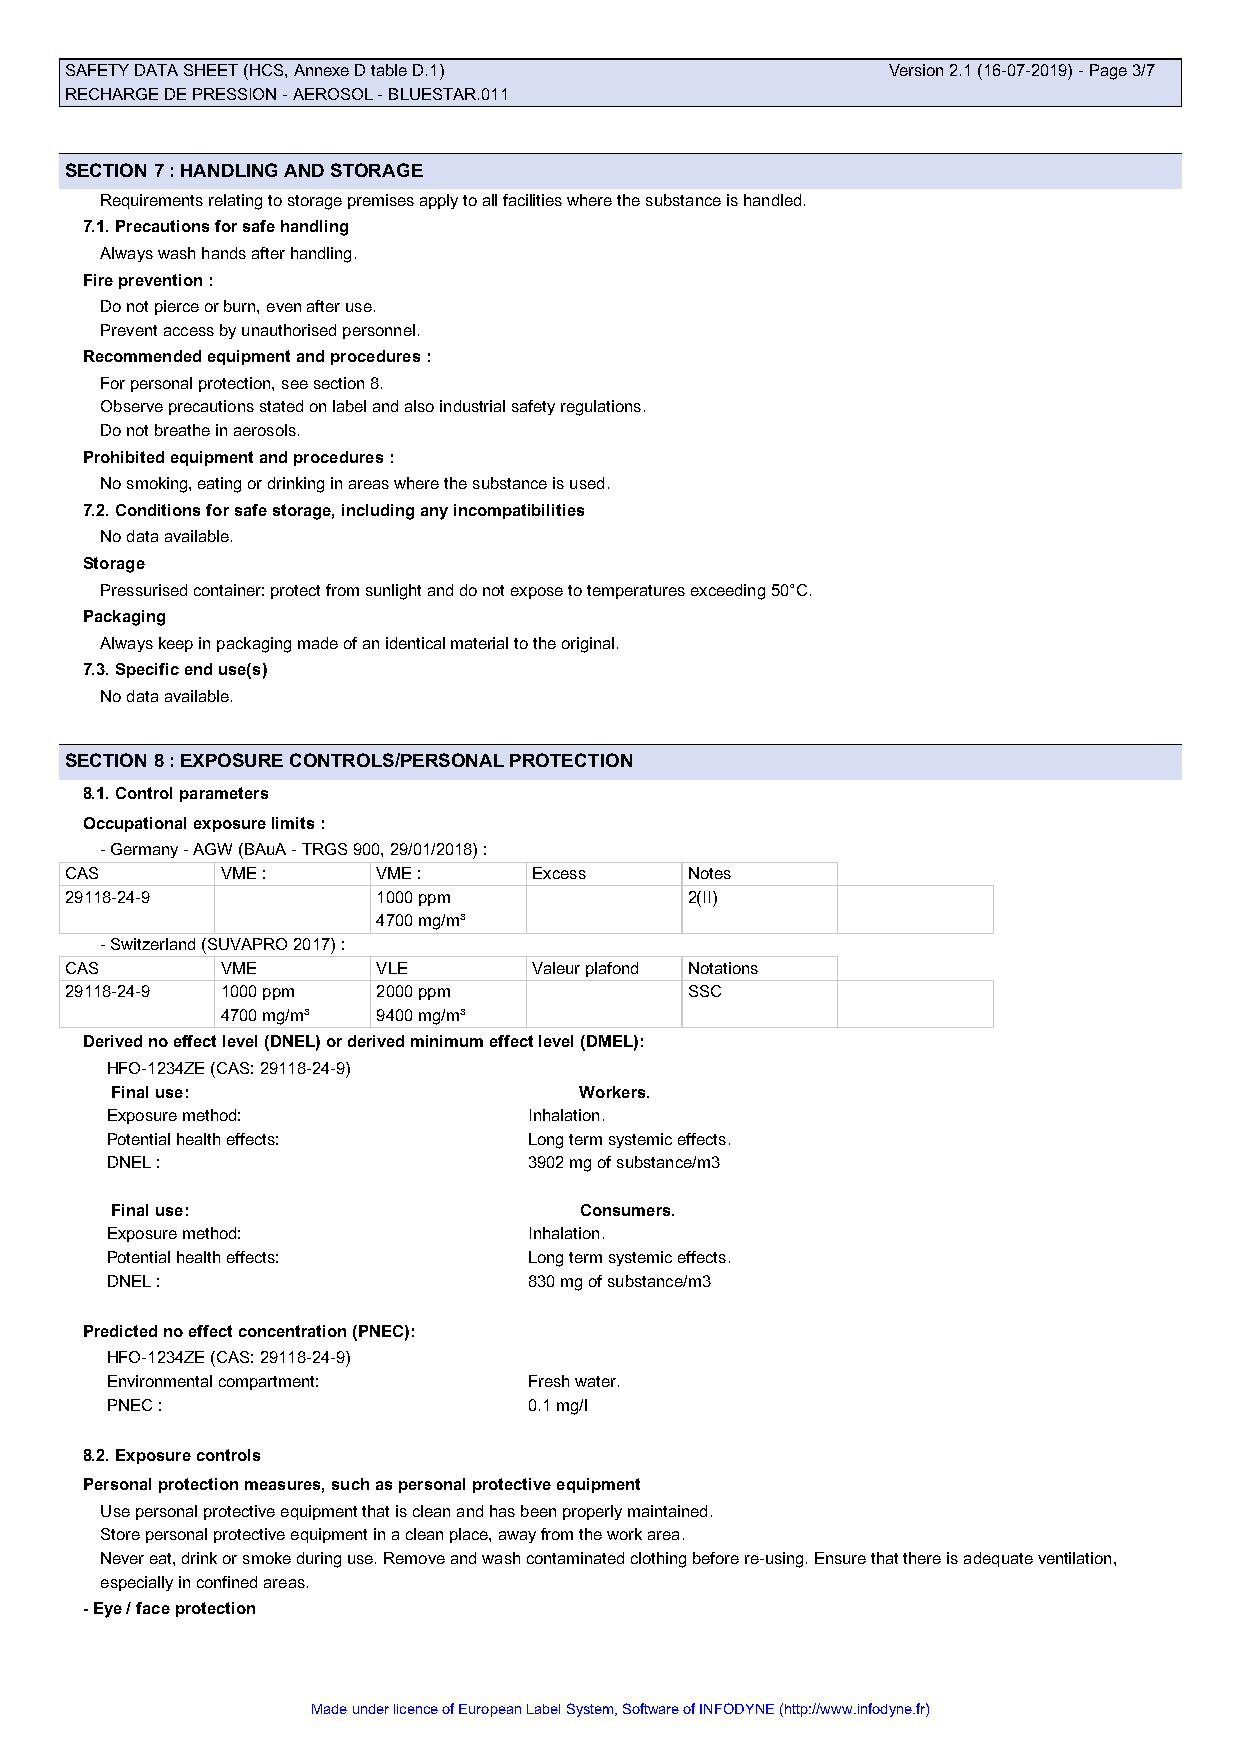
SAFETY DATA SHEET (HCS, Annexe D table D.1)            Version 2.1 (16-07-2019) - Page 3/7
 RECHARGE DE PRESSION - AEROSOL - BLUESTAR.011
 SECTION 7 : HANDLING AND STORAGE
 Requirements relating to storage premises apply to all facilities where the substance is handled.
 7.1. Precautions for safe handling
 Always wash hands after handling.
 Fire prevention :
 Do not pierce or burn, even after use.
 Prevent access by unauthorised personnel.
 Recommended equipment and procedures :
 For personal protection, see section 8.
 Observe precautions stated on label and also industrial safety regulations.
 Do not breathe in aerosols.
 Prohibited equipment and procedures :
 No smoking, eating or drinking in areas where the substance is used.
 7.2. Conditions for safe storage, including any incompatibilities
 No data available.
 Storage
 Pressurised container: protect from sunlight and do not expose to temperatures exceeding 50°C.
 Packaging
 Always keep in packaging made of an identical material to the original.
 7.3. Specific end use(s)
 No data available.
 SECTION 8 : EXPOSURE CONTROLS/PERSONAL PROTECTION
 8.1. Control parameters
 Occupational exposure limits :
 - Germany - AGW (BAuA - TRGS 900, 29/01/2018) :
 CAS        VME :     VME :     Excess     Notes
 29118-24-9           1000 ppm             2(II)
 4700 mg/m³
 - Switzerland (SUVAPRO 2017) :
 CAS        VME       VLE       Valeur plafond Notations
 29118-24-9 1000 ppm  2000 ppm             SSC
 4700 mg/m³ 9400 mg/m³
 Derived no effect level (DNEL) or derived minimum effect level (DMEL):
 HFO-1234ZE (CAS: 29118-24-9)
 Final use:                     Workers.
 Exposure method:            Inhalation.
 Potential health effects:   Long term systemic effects.
 DNEL :                      3902 mg of substance/m3
 Final use:                     Consumers.
 Exposure method:            Inhalation.
 Potential health effects:   Long term systemic effects.
 DNEL :                      830 mg of substance/m3
 Predicted no effect concentration (PNEC):
 HFO-1234ZE (CAS: 29118-24-9)
 Environmental compartment:  Fresh water.
 PNEC :                      0.1 mg/l
 8.2. Exposure controls
 Personal protection measures, such as personal protective equipment
 Use personal protective equipment that is clean and has been properly maintained.
 Store personal protective equipment in a clean place, away from the work area.
 Never eat, drink or smoke during use. Remove and wash contaminated clothing before re-using. Ensure that there is adequate ventilation,
 especially in confined areas.
 - Eye / face protection
 Made under licence of European Label System, Software of INFODYNE (http://www.infodyne.fr)